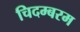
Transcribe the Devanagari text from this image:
चिदम्‍बरम